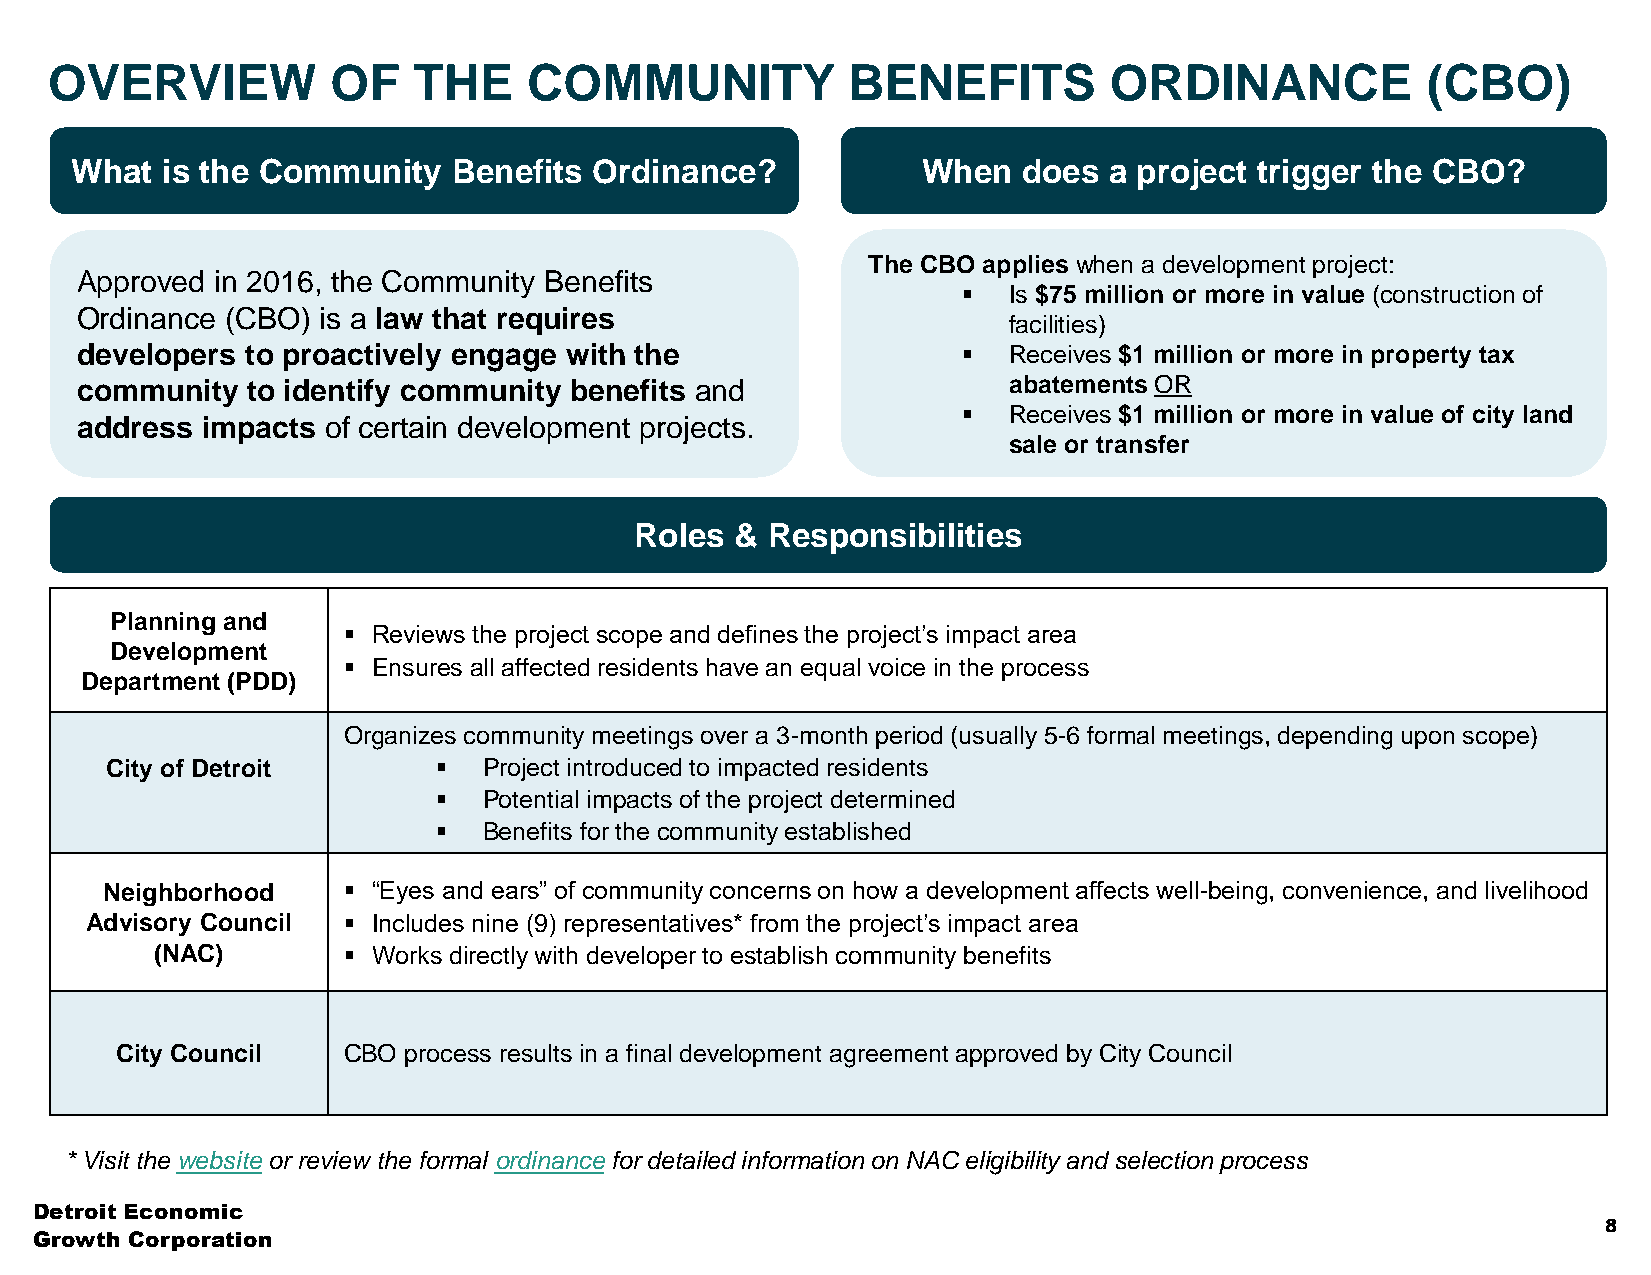
OVERVIEW           OF   THE     COMMUNITY            BENEFITS         ORDINANCE            (CBO)
 What  is the Community   Benefits Ordinance?            When   does a project trigger the CBO?
 The CBO applies when a development project:
 Approved in 2016, the Community Benefits
 ▪  Is $75 million or more in value (construction of
 Ordinance (CBO) is a law that requires
 facilities)
 developers to proactively engage with the                  ▪  Receives $1 million or more in property tax
 community  to identify community benefits and                 abatements OR
 ▪  Receives $1 million or more in value of city land
 address impacts of certain development projects.
 sale or transfer
 Roles  & Responsibilities
 Planning and
 ▪ Reviews the project scope and defines the project’s impact area
 Development
 ▪ Ensures all affected residents have an equal voice in the process
 Department (PDD)
 Organizes community meetings over a 3-month period (usually 5-6 formal meetings, depending upon scope)
 City of Detroit       ▪  Project introduced to impacted residents
 ▪  Potential impacts of the project determined
 ▪  Benefits for the community established
 Neighborhood    ▪ “Eyes and ears” of community concerns on how a development affects well-being, convenience, and livelihood
 Advisory Council ▪ Includes nine (9) representatives* from the project’s impact area
 (NAC)        ▪ Works directly with developer to establish community benefits
 City Council   CBO process results in a final development agreement approved by City Council
 * Visit the website or review the formal ordinance for detailed information on NAC eligibility and selection process
 Detroit Economic
 8
 Growth Corporation